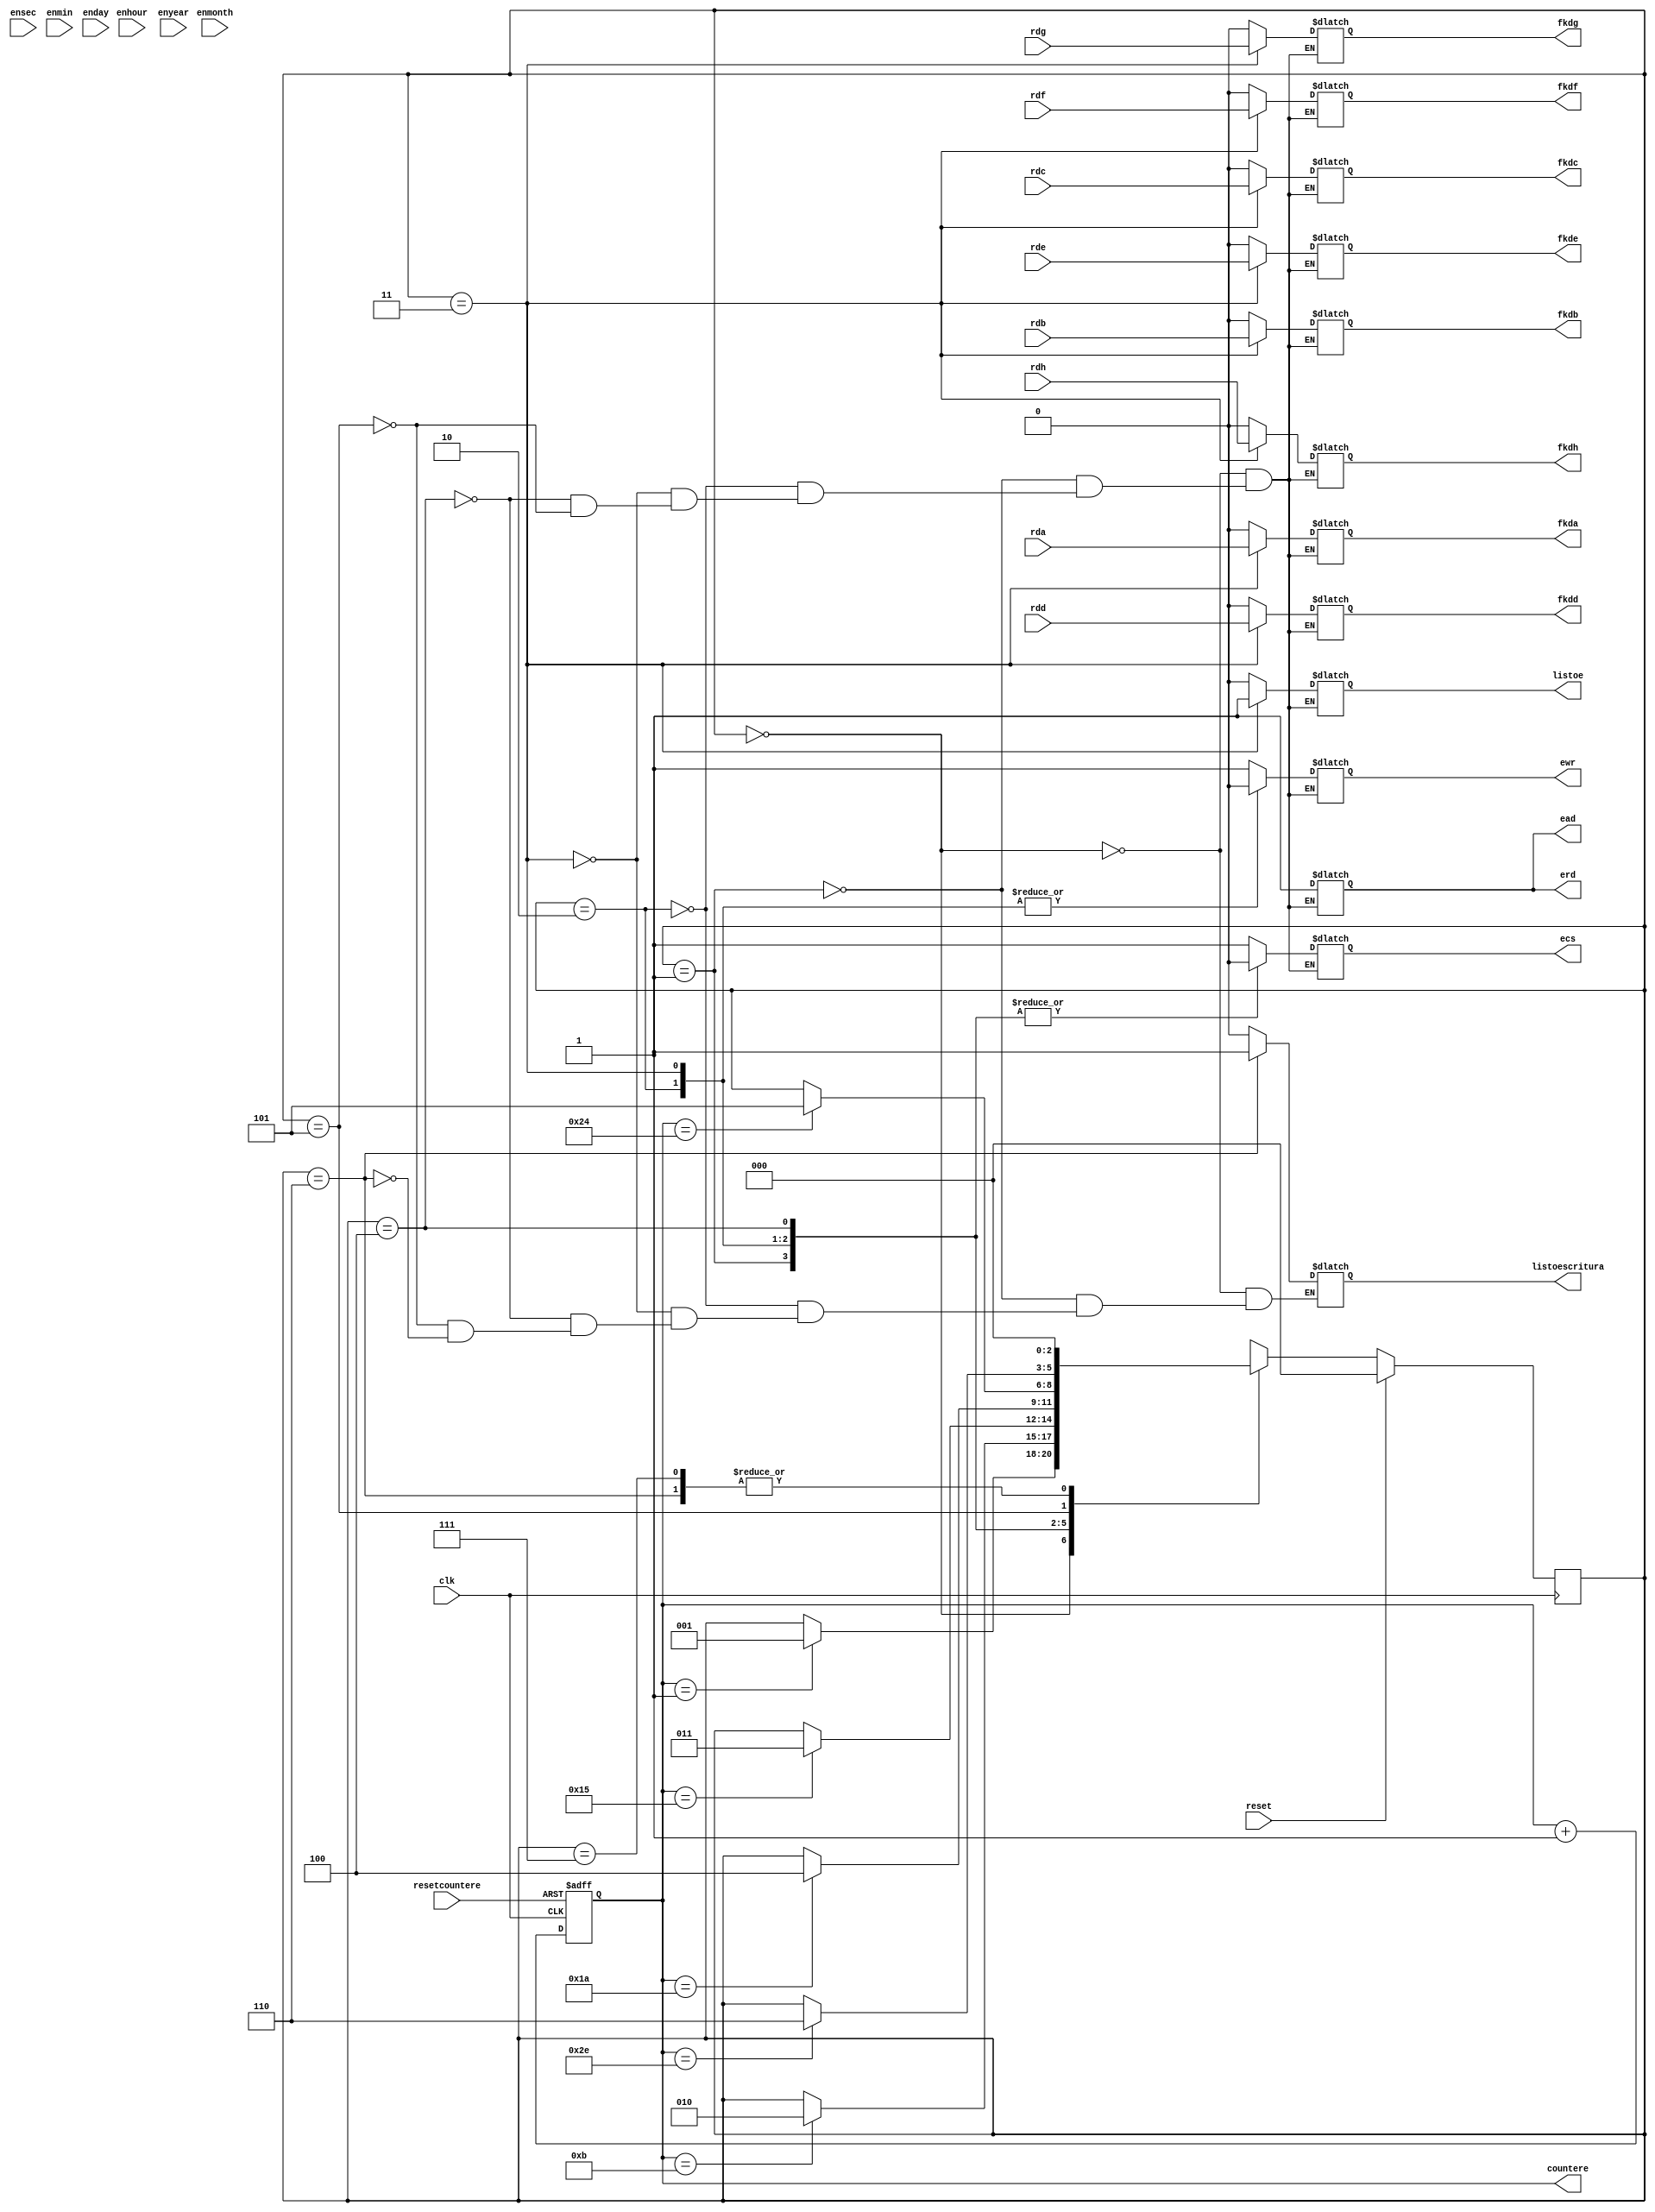
`timescale 1ns / 10ps

module escritura(
	input wire clk,
	input wire reset,
	input wire ensec, enmin, enhour, enday, enmonth, enyear,
	input wire resetcountere,
	input wire rda, rdb, rdc, rdd, rde, rdf, rdg, rdh,
	output reg [7:0] countere,
	output reg ecs, erd, ewr, ead,
	output reg listoescritura,
	output reg listoe,
	output reg fkda, fkdb, fkdc, fkdd, fkde, fkdf, fkdg, fkdh
    );

localparam STATE_Initial = 3'b000,
	STATE_1 = 3'b001,
	STATE_2 = 3'b010,
	STATE_3 = 3'b011,
	STATE_4 = 3'b100,
	STATE_5 = 3'b101,
	STATE_6 = 3'b110,
	STATE_7_PlaceHolder = 3'b111;

/*
reg[2:0] CurrentState;
reg[2:0] NextState;
*/

reg[2:0] CurrentState;
reg[2:0] NextState;

initial countere = 0;
initial ecs = 0;
initial erd = 0;
initial ewr = 0;
initial ead = 0;

always @(posedge clk or negedge resetcountere) begin
	if (!resetcountere)
		countere = 0;
	else
		countere = countere + 1'b1;
end

always @(posedge clk) begin
	if (reset) CurrentState <= STATE_Initial;
	else CurrentState <= NextState;
end

always @(*) begin
	NextState = CurrentState;
	case (CurrentState)
		STATE_Initial: begin
			if (countere == 1) NextState = STATE_1;
			
			listoescritura <= 0;
			listoe <= 0;
			ecs <= 1;
			erd <= 1;
			ewr <= 1;
			ead <= 1;
			fkda <= 0;
			fkdb <= 0;
			fkdc <= 0;
			fkdd <= 0;
			fkde <= 0;
			fkdf <= 0;
			fkdg <= 0;
			fkdh <= 0;
		end

		STATE_1: begin
			if (countere == 11) NextState = STATE_2;
			
			listoe <= 0;
			listoescritura <= 0;
			ecs <= 0;
			erd <= 1;
			ewr <= 1;
			ead <= 1;
			fkda <= 0;
			fkdb <= 0;
			fkdc <= 0;
			fkdd <= 0;
			fkde <= 0;
			fkdf <= 0;
			fkdg <= 0;
			fkdh <= 0; 
		end
		
		STATE_2: begin
			if (countere == 21) NextState = STATE_3;
			
			listoe <= 0;
			listoescritura <= 0;
			ecs <= 0;
			erd <= 1;
			ewr <= 0;
			ead <= 1;
			fkda <= 0;
			fkdb <= 0;
			fkdc <= 0;
			fkdd <= 0;
			fkde <= 0;
			fkdf <= 0;
			fkdg <= 0;
			fkdh <= 0; 
		end
		
		STATE_3: begin //en este estado debe mandarse el dato.
			if (countere == 26) NextState = STATE_4;
			
			listoe <= 1;
			listoescritura <= 0;
			ecs <= 0;
			erd <= 1;
			ewr <= 0;
			ead <= 1;
			fkda <= rda;
			fkdb <= rdb;
			fkdc <= rdc;
			fkdd <= rdd;
			fkde <= rde;
			fkdf <= rdf;
			fkdg <= rdg;
			fkdh <= rdh; 
		end
		
		STATE_4: begin
			if (countere == 36) NextState = STATE_5;
			
			listoe <= 0;
			listoescritura <= 0;
			ecs <= 0;
			erd <= 1;
			ewr <= 1;
			ead <= 1;
			fkda <= 0;
			fkdb <= 0;
			fkdc <= 0;
			fkdd <= 0;
			fkde <= 0;
			fkdf <= 0;
			fkdg <= 0;
			fkdh <= 0; 
		end
			
		STATE_5: begin
			if (countere == 46) NextState = STATE_6;

			listoe <= 0;
			listoescritura <= 0;
			ecs <= 1;
			erd <= 1; 
			ewr <= 1;
			ead <= 1;
			fkda <= 0;
			fkdb <= 0;
			fkdc <= 0;
			fkdd <= 0;
			fkde <= 0;
			fkdf <= 0;
			fkdg <= 0;
			fkdh <= 0; 
		end
		
		STATE_6: begin
			listoescritura <= 1;
			NextState = STATE_Initial;
		end
		
		STATE_7_PlaceHolder: begin
			NextState = STATE_Initial;
		end
		
	endcase
	
end


endmodule